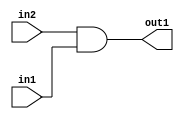
`timescale 1ps / 1ps
/*****************************************************************************
    Verilog RTL Description
    
    
    Created by: Stratus DpOpt 2019.1.01 
*******************************************************************************/

module st_feature_addr_gen_And_1Ux1U_1U_4 (
	in2,
	in1,
	out1
	); /* architecture "behavioural" */ 
input  in2,
	in1;
output  out1;
wire  asc001;

assign asc001 = 
	(in2)
	&(in1);

assign out1 = asc001;
endmodule

/* CADENCE  urf0Tgw= : u9/ySgnWtBlWxVPRXgAZ4Og= ** DO NOT EDIT THIS LINE ******/